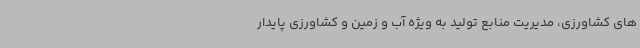
های کشاورزی، مدیریت منابع تولید به ویژه آب و زمین و کشاورزی پایدار